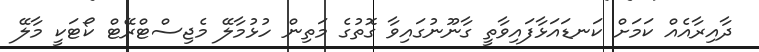
ދާއިރާއެއް ކަމަށް ކަނޑައަޅާފައިވާތީ ގާނޫނުގައިވާ ގޮތުގެ މަތިން ހުޅުމާލޭ މެޖިސްޓްރޭޓް ކޯޓަކީ މާލޭ